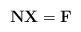
LaTeX: \begin{align*} \mathbf{N} \mathbf{X}=\mathbf{F}\end{align*}